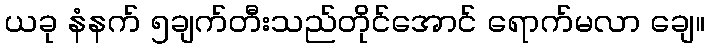
ယခု နံနက် ၅ချက်တီးသည်တိုင်အောင် ရောက်မလာ ချေ။